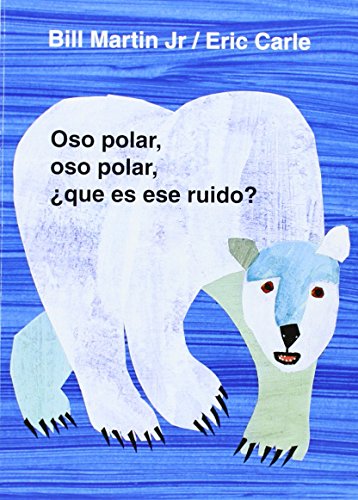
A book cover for Oso polar, oso polar, Â¿quÃ© es ese ruido? (Brown Bear and Friends) (Spanish Edition); Bill Martin; Children's Books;